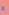
لا